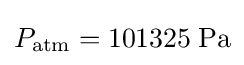
P_{\rm {atm}}=101325\;{\rm {Pa}}